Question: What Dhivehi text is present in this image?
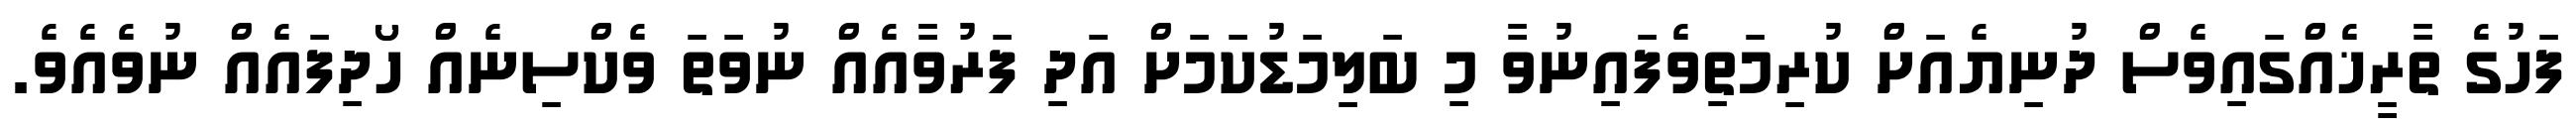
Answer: ފަހުގެ ތާރީޚެއްގައިވެސް ދުނިޔެއަށް ކުރިމަތިވެފައިނުވާ މި ބަލިމަޑުކަމަށް އަދި ފަރުވާއެއް ނުވަތަ ވެކްސިނެއް ހޯދިފައެއް ނުވެއެވެ.